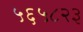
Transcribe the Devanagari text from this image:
५६५८२३